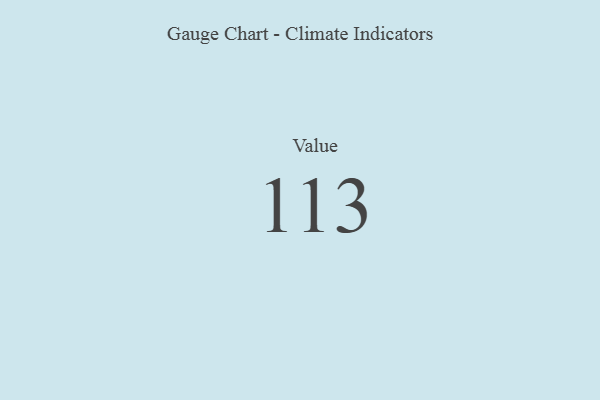
{"axis": {"x": "Metric", "y": "Value"}, "legend": [""], "data": [{"x": "Value", "y": 113, "type": ""}]}